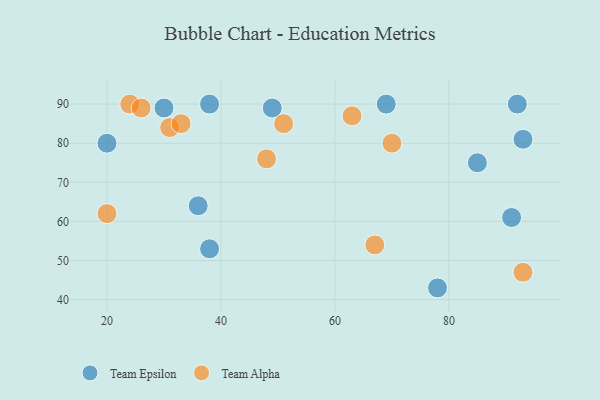
{"axis": {"x": "GDP", "y": "Life Expectancy"}, "legend": ["Team Alpha", "Team Epsilon"], "data": [{"x": "36", "y": 64, "type": "Team Epsilon"}, {"x": "85", "y": 75, "type": "Team Epsilon"}, {"x": "38", "y": 53, "type": "Team Epsilon"}, {"x": "78", "y": 43, "type": "Team Epsilon"}, {"x": "93", "y": 81, "type": "Team Epsilon"}, {"x": "30", "y": 89, "type": "Team Epsilon"}, {"x": "49", "y": 89, "type": "Team Epsilon"}, {"x": "92", "y": 90, "type": "Team Epsilon"}, {"x": "69", "y": 90, "type": "Team Epsilon"}, {"x": "20", "y": 80, "type": "Team Epsilon"}, {"x": "38", "y": 90, "type": "Team Epsilon"}, {"x": "91", "y": 61, "type": "Team Epsilon"}, {"x": "48", "y": 76, "type": "Team Alpha"}, {"x": "31", "y": 84, "type": "Team Alpha"}, {"x": "63", "y": 87, "type": "Team Alpha"}, {"x": "51", "y": 85, "type": "Team Alpha"}, {"x": "24", "y": 90, "type": "Team Alpha"}, {"x": "67", "y": 54, "type": "Team Alpha"}, {"x": "93", "y": 47, "type": "Team Alpha"}, {"x": "33", "y": 85, "type": "Team Alpha"}, {"x": "70", "y": 80, "type": "Team Alpha"}, {"x": "26", "y": 89, "type": "Team Alpha"}, {"x": "20", "y": 62, "type": "Team Alpha"}]}